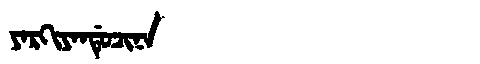
Manchu: ᠶᠠᡵᡴᡳᠶᠠᠨᡩᡠᠴᡳᠨᠠ
Romanization: YARKIYANDUCINA